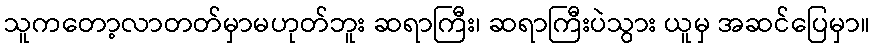
သူကတော့လာတတ်မှာမဟုတ်ဘူး ဆရာကြီး၊ ဆရာကြီးပဲသွား ယူမှ အဆင်ပြေမှာ။